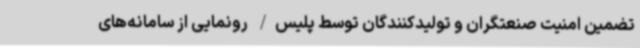
تضمین امنیت صنعتگران و تولیدکنندگان توسط پلیس/ رونمایی از سامانه‌های